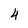
Character: 4